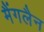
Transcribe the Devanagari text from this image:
मैंगलैन